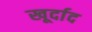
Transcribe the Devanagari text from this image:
खूर्दाद